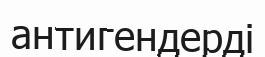
антигендерді